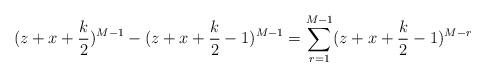
LaTeX: \begin{align*}(z + x + \frac{k}{2})^{M-1} - (z + x + \frac{k}{2} - 1)^{M-1} = \sum_{r = 1}^{M-1} (z + x + \frac{k}{2} - 1)^{M-r}\end{align*}